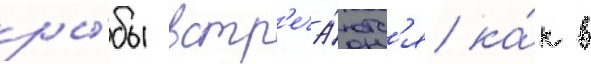
ры́бы встр'еча́ютс'я ка́к в